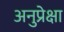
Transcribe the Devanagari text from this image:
अनुप्रेक्षा